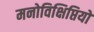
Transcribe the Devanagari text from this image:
मनोविक्षिप्तियों